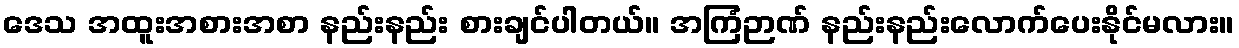
ဒေသ အထူးအစားအစာ နည်းနည်း စားချင်ပါတယ်။ အကြံဉာဏ် နည်းနည်းလောက်ပေးနိုင်မလား။